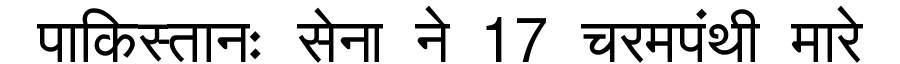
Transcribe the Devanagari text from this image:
पाकिस्तानः सेना ने 17 चरमपंथी मारे